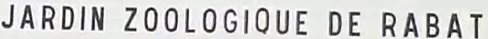
JARDIN ZOOLOGIQUE DE R